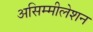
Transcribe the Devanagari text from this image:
असिम्मीलेशन